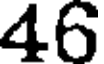
46